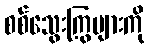
စစ်သွေးကြွများကို